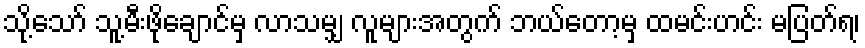
သို့သော် သူ့မီးဖိုချောင်မှ လာသမျှ လူများအတွက် ဘယ်တော့မှ ထမင်းဟင်း မပြတ်ရ၊